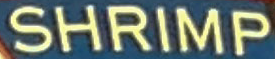
SHRIMP